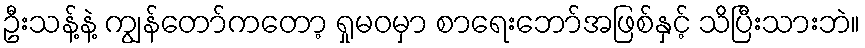
ဦးသန့်နဲ့ ကျွန်တော်ကတော့ ရှုမဝမှာ စာရေးဘော်အဖြစ်နှင့် သိပြီးသားဘဲ။